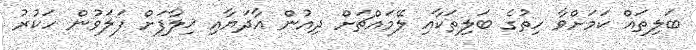
ބަލިތައް ކަމަށްވާ ހިތުގެ ބަލިތަކާއި ލޭމައްޗަށް ދިއުން އާދަޔާއި ޚިލާފަށް ފަލަވުން ހަކުރު